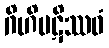
ဂိဟိပဋိဿဝံ